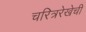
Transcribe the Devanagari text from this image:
चरित्ररेखेची